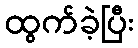
ထွက်ခဲ့ပြီး